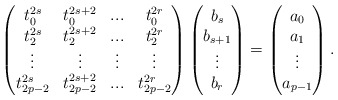
\begin{align*}\begin{pmatrix}t_0^{2s} & t_0^{2s+2} & ... & t_0^{2r}\\t_2^{2s} & t_2^{2s+2} & ... & t_2^{2r}\\\vdots & \vdots & \vdots & \vdots \\t_{2p-2}^{2s} & t_{2p-2}^{2s+2} & ... & t_{2p-2}^{2r}\end{pmatrix}\begin{pmatrix}b_s\\b_{s+1}\\\vdots\\b_{r}\end{pmatrix}=\begin{pmatrix}a_0\\a_1\\\vdots\\a_{p-1}\end{pmatrix}.\end{align*}